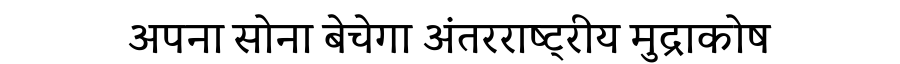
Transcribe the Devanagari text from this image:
अपना सोना बेचेगा अंतरराष्ट्रीय मुद्राकोष